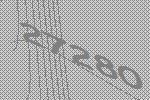
27280